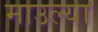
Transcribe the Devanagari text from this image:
माउल्या